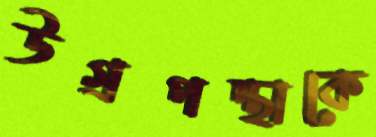
উগ্রপন্থাকে